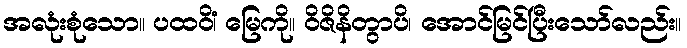
အလုံးစုံသော။ ပထဝိံ၊ မြေကို။ ဝိဇိနိတွာပိ၊ အောင်မြင်ပြီးသော်လည်း။